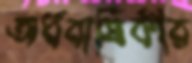
অর্ধবার্ষিকীর